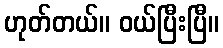
ဟုတ်တယ်။ ဝယ်ပြီးပြီ။